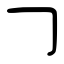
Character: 𠃌